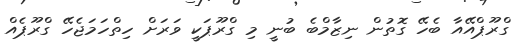
ގްރޫޕްއޭއާ ބެހޭ ގޮތުން ނިޒާމްބެ ބުނީ މި ގްރޫޕަކީ ވަރަށް ހިތްހަމަޖެހޭ ގްރޫޕެއް